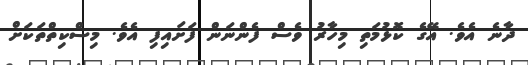
ދާނެ އެވެ. އޭގެ ކޮޅުމަތި މިހާރު ވެސް ފެންނަން ފަށައިފި އެވެ. މިސްކިތްތަކަށް